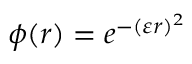
\phi ( r ) = e ^ { - ( \varepsilon r ) ^ { 2 } }